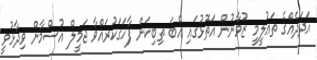
އަދަދެއްގެ ތަޢުލީމީ ޒުވާނުން އަތޮޅުގައި އެބަ ތިބިކަން ފާހަގަކުރައްވާ ޖަމީލް އުސްމާން ވިދާޅުވީ